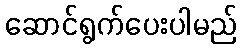
ဆောင်ရွက်ပေးပါမည်